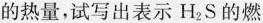
的热量，试写出表示H_{2}S的燃